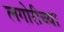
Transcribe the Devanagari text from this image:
लगोरीच्या